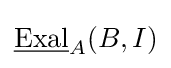
{\underline {\text{Exal}}}_{A}(B,I)